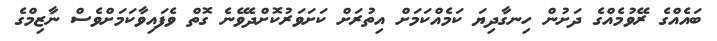
ބައެއްގެ ރޭވުމެއްގެ ދަށުން ހިނގާދިޔަ ކަމެއްކަމަށް އިތުރަށް ކަށަވަރުކޮށްދެވޭނެ ގޮތް ވެފައިވާކަމަށްވެސް ނާޒިމްގެ